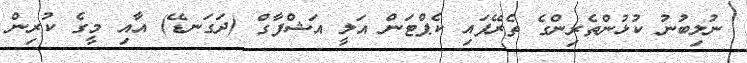
ނުލިބުނު ކުޅުންތެރިންގެ ތެރޭފައި ކެޕްޓަން އަލީ އަޝްފާގް (ދަގަނޑޭ) އާއި މީގެ ކުރިން